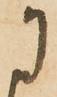
に